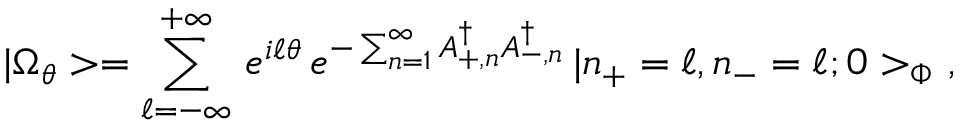
| \Omega _ { \theta } > = \sum _ { \ell = - \infty } ^ { + \infty } \, e ^ { i \ell \theta } \, e ^ { - \sum _ { n = 1 } ^ { \infty } A _ { + , n } ^ { \dagger } A _ { - , n } ^ { \dagger } } \, | n _ { + } = \ell , n _ { - } = \ell ; 0 > _ { \Phi } \ ,